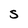
Character: S